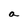
Character: a